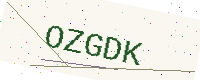
Text: OZGDK